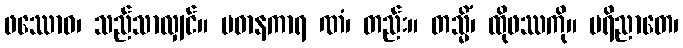
ဖဿောဝ၊ သည်သာလျှင်။ ပဓာနကာရ ဏံ၊ တည်း။ တသ္မိံ၊ ထိုဖဿကို။ ပရိညာတေ၊